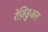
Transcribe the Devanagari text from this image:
रेज़िडुअल